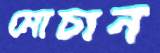
মোচান